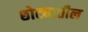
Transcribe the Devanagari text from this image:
छोट्यातील